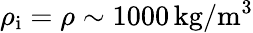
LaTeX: \rho_{\mathrm{i}}=\rho\sim 1000\, \mathrm{kg/m^{3}}